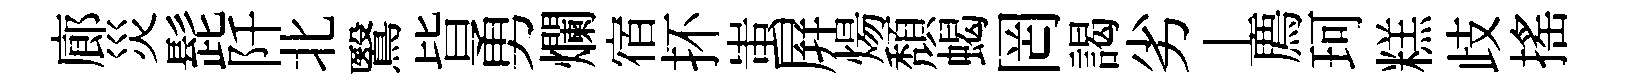
廊災髭阡北鷖𣅜勇爛宿抔蚩屛煬頽蝎罔謁劣丄廌珂糕歧搖